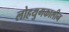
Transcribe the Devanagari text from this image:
लोहयुगकालीन